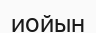
иойын